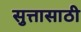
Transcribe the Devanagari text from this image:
सुत्तासाठी